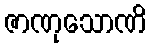
ဇာဏုသောဏိ